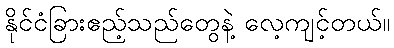
နိုင်ငံခြားဧည့်သည်တွေနဲ့ လေ့ကျင့်တယ်။